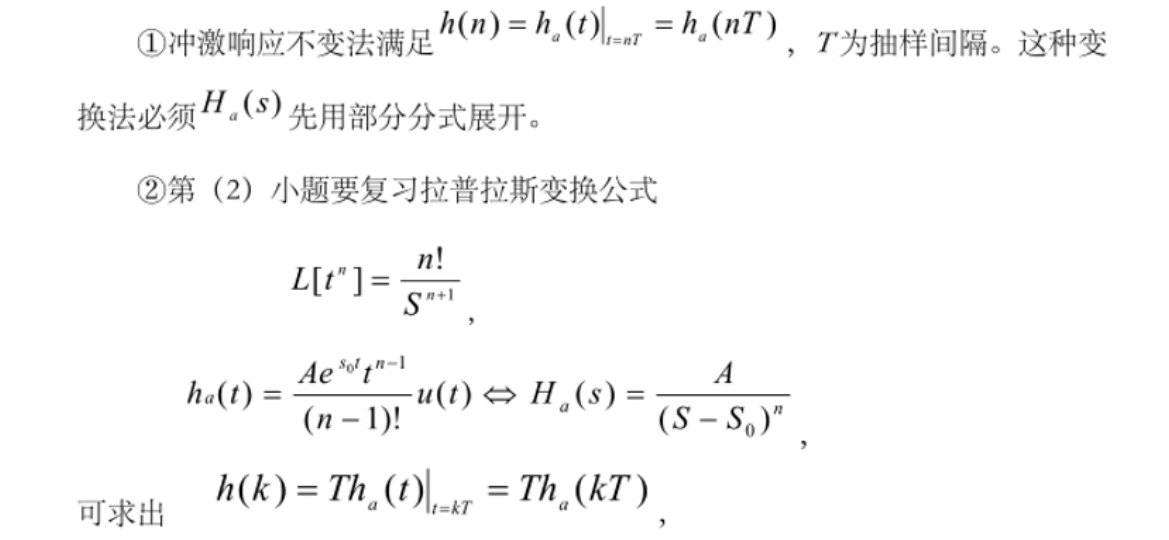
\textcircled{1}冲激响应不变法满足\(h(n)=h_{a}(t)\big|_{t = nT}=h_{a}(nT)\)，\(T\)为抽样间隔。这种变换法必须\(H_{a}(s)\)先用部分分式展开。
\textcircled{2}第（2）小题要复习拉普拉斯变换公式
\[
L[t^{n}]=\frac{n!}{S^{n + 1}},
\]
\[
h_{a}(t)=\frac{Ae^{s_{0}t}t^{n - 1}}{(n - 1)!}u(t)\Leftrightarrow H_{a}(s)=\frac{A}{(S - S_{0})^{n}},
\]
可求出
\[
h(k)=Th_{a}(t)\big|_{t = kT}=Th_{a}(kT),
\]